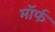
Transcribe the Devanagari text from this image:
मॉर्फ